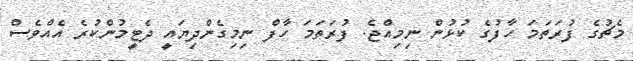
މެޗުގެ ފުރަތަމަ ހާފުގެ ކުޅުން ނިމިއްޖެ. ފުރަތަމަ ހާފް ނިމިގެންދިޔައީ ދެޓީމުންކުރެ އެއްވެސް